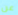
عن